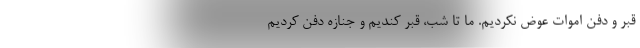
قبر و دفن اموات عوض نكرديم. ما تا شب، قبر كنديم و جنازه دفن كرديم